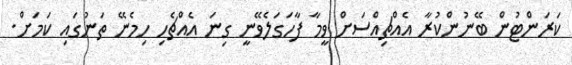
ކަރަންޓުން ބޭނުންކުރާ އެއްޗިއްސަށް ވީމާ ފާހަގަލެވޭނީ ގިނަ އެއްޗެހި ހިމެނޭ ތަނުގައި ކަމަށް.